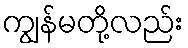
ကျွန်မတို့လည်း